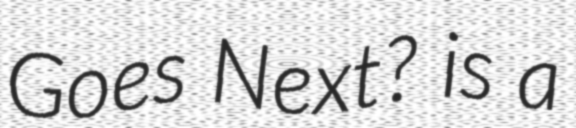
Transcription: Goes Next? is a